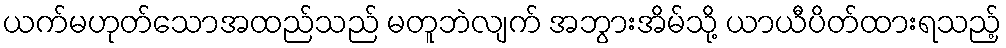
ယက်မဟုတ်သောအထည်သည် မတူဘဲလျက် အဘွားအိမ်သို့ ယာယီပိတ်ထားရသည့်